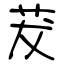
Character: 茇